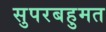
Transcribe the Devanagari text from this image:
सुपरबहुमत